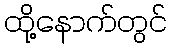
ထို့နောက်တွင်